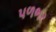
પળભર